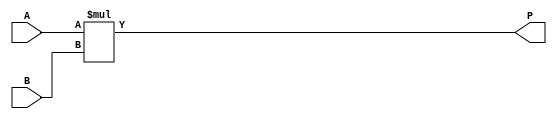
/*--  *******************************************************
--  Computer Architecture Course, Laboratory Sources 
--  Amirkabir University of Technology (Tehran Polytechnic)
--  Department of Computer Engineering (CE-AUT)
--  https://ce[dot]aut[dot]ac[dot]ir
--  *******************************************************
--  All Rights reserved (C) 2019-2020
--  *******************************************************
--  Student ID  : 
--  Student Name: 
--  Student Mail: 
--  *******************************************************
--  Additional Comments:
--
--*/

/*-----------------------------------------------------------
---  Module Name: 16 Bit Multiplier
---  Description: Module1: 
-----------------------------------------------------------*/
`timescale 1 ns/1 ns

module Multiplier16x16 (
	input  [15:0] A , // input  [unsigned 16 bits]
	input  [15:0] B , // input  [unsigned 16 bits]
	output [31:0] P   // output [unsigned 32 bits]
);

assign P=A*B;
	
	
	/* write your code here */

endmodule